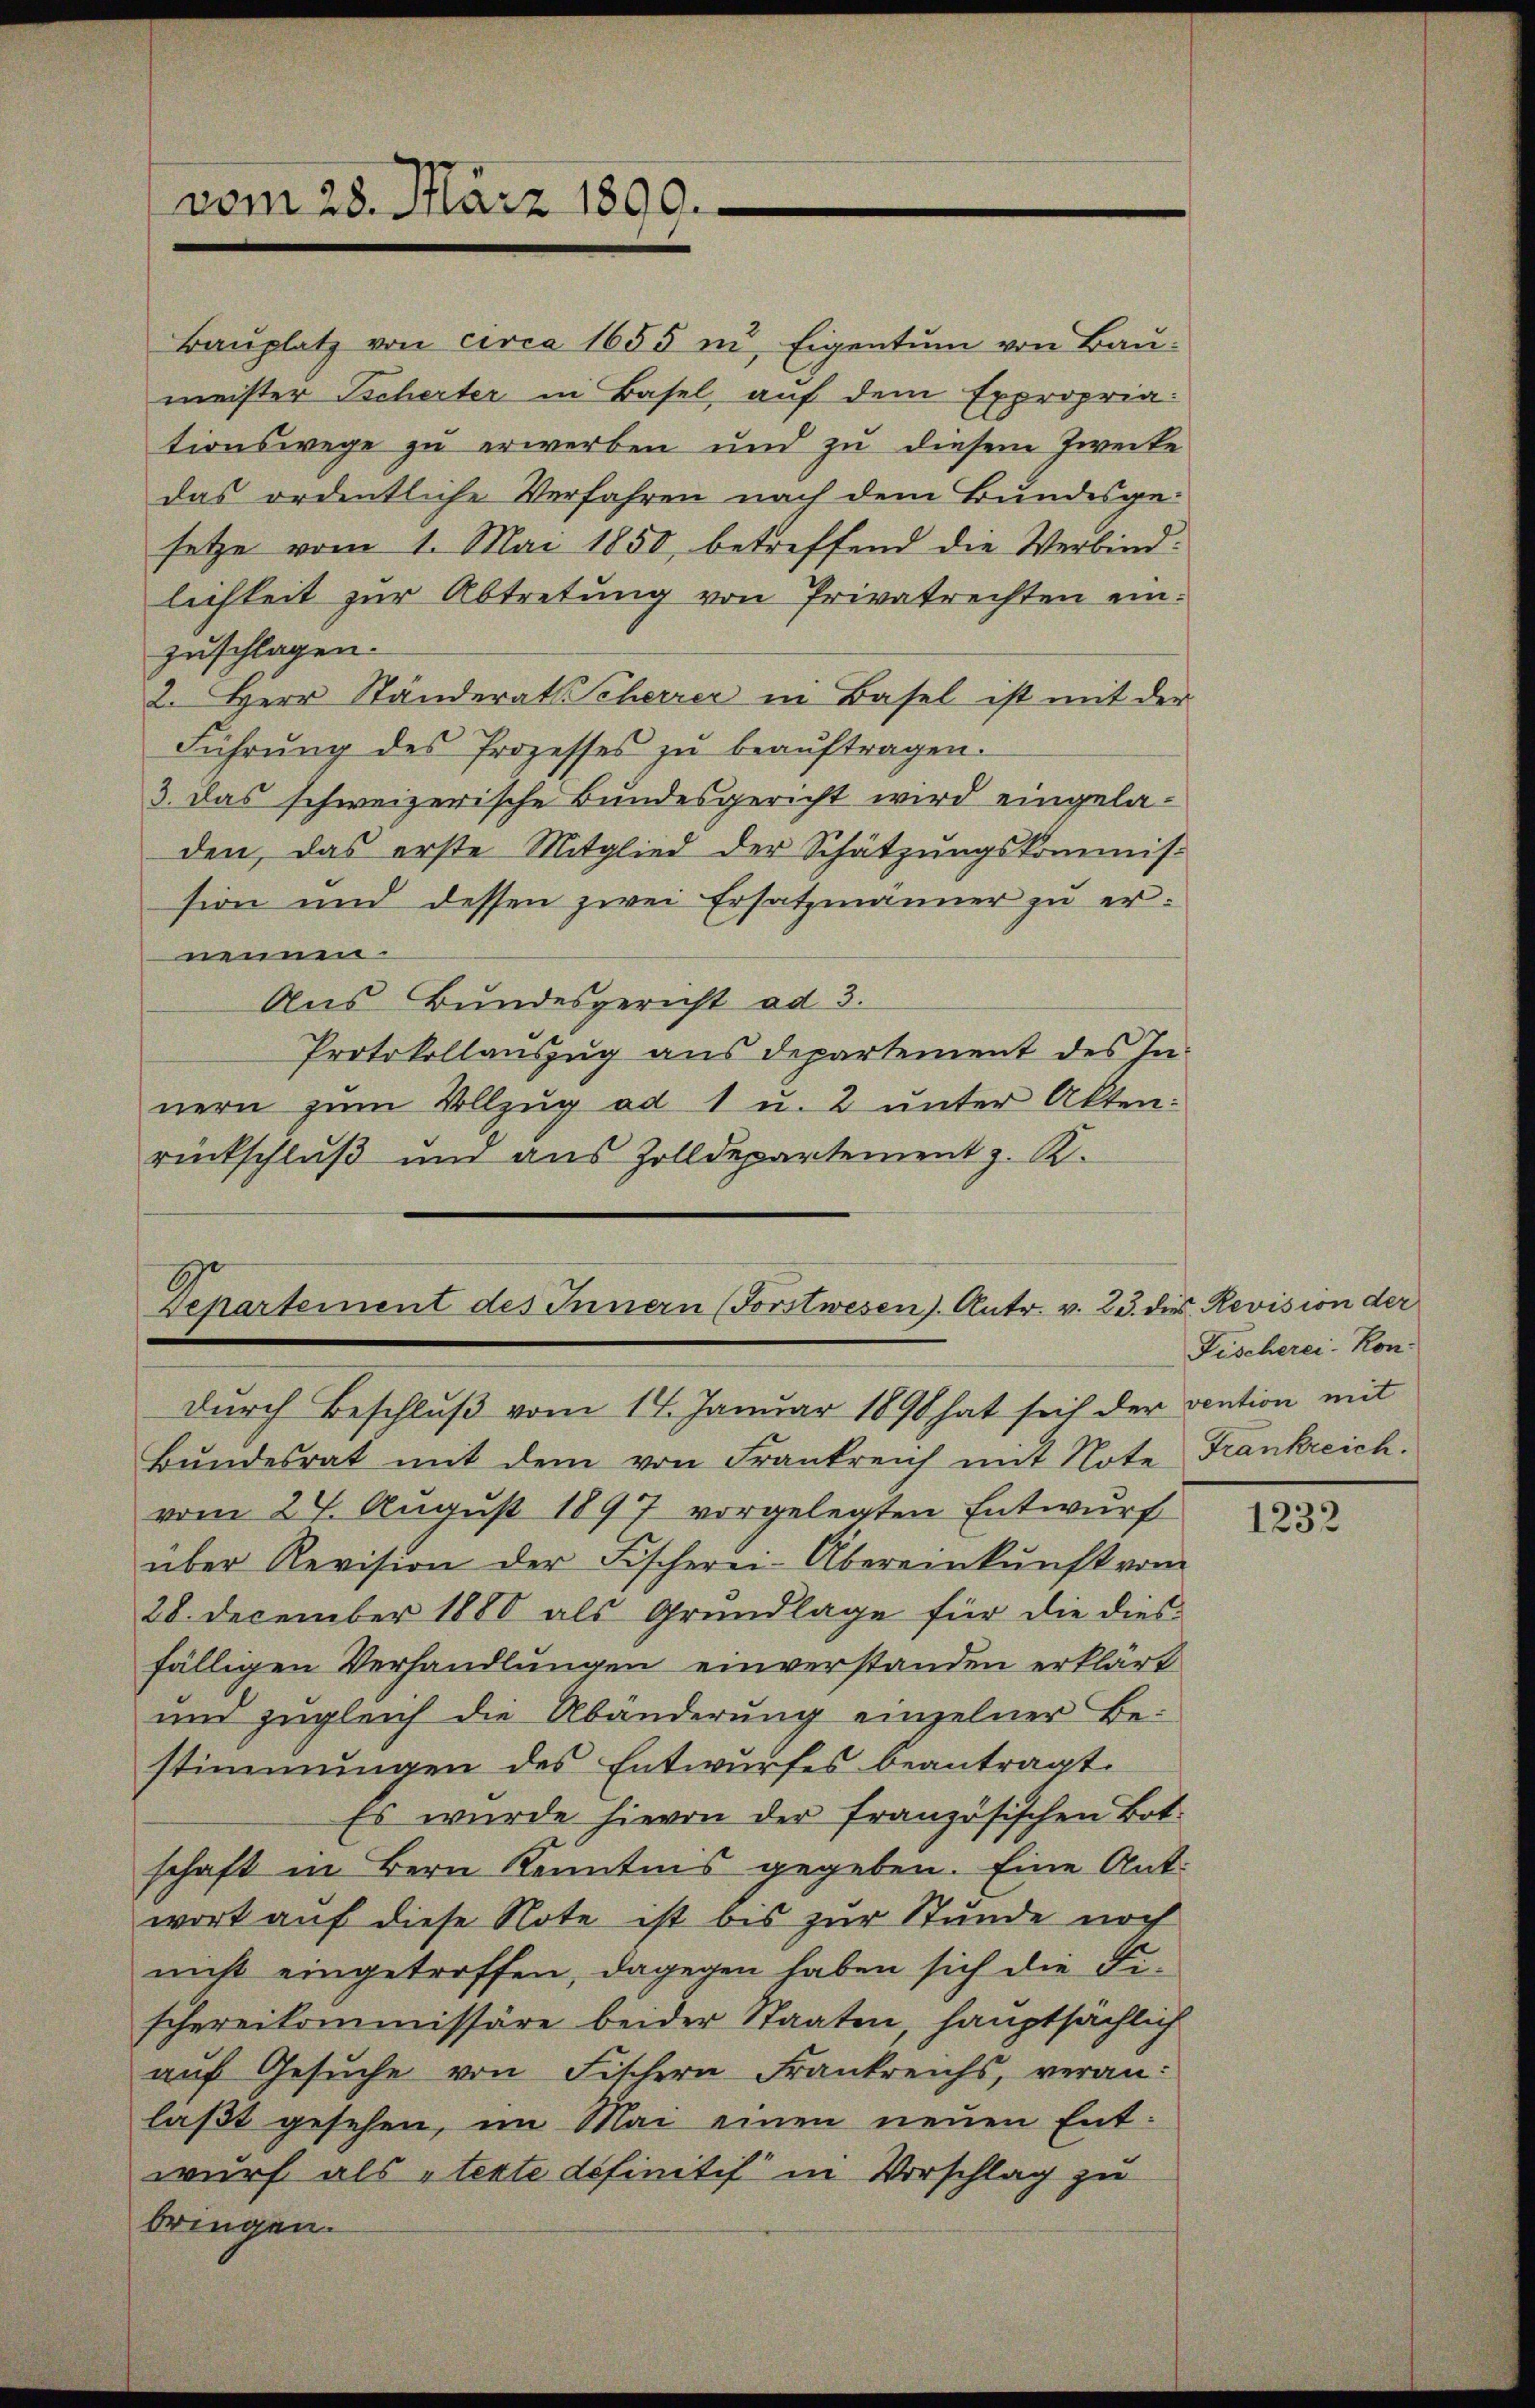
Baŭplatz von circa 1655 in Eigentum von Baumeister Tscherter in Basel, auf dem Expropria
tionswege zu erwerben und zu diesem Zwecke
das ordentliche Verfahren nach dem Bundesgesetze vom 1. Mai 1850, betreffend die Verbindlichkeit zur Abtretung von Privatrechten einzuschlagen.
2. Herr Ständerat Scherrer in Basel ist mit der
Führŭng des Prozesses zŭ beaŭftragen.
3. Das schweizerische Bundesgericht wird eingeladen, das erste Mitglied der Schätzungskommission und dessen zwei Ersatzmänner zu ernennen.
Aus Bundesgericht ad 3.
Protokollauszug aus departement des Innern zŭm Vollzŭg ad 1 u. 2 ŭnter Akten.
rückschluß und aus Zolldepartement z. R.

vom 28. März 1899.

Departement des Innern (Forstwesen). Antr. v. 23. die Revision der
durch Beschluß vom 14. Januar 1890 hat sich der vention mit

Bŭndesrat mit dem von Frankreich mit Note Frankreich.
vom 24. August 1897 vorgelegten Entwurf
über Revision der Fischerei-Übereinkunft vom
28. December 1888 als Grundlage für die diesfälligen Verhandlungen einverstanden erklärt
und zugleich die Abänderŭng einzelner Be-
stimmungen des Entwurfes beantragt.
Es wurde hievon der französischen Bot.
schaft in Bern Kenntnis gegeben. Eine Antwort auf diese Note ist bis zur Stunde noch
nicht eingetroffen, dagegen haben sich die Fischereikommissäre beider Staaten, hauptsächlich
aŭf Gesŭche von Fischern Frankreichs, veranlaßt gesehen, im Mai einen neuen Entwurf als stexte definitif in Vorschlag zu
bringen.

Fischerei Kon-

1232